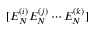
[ E _ { N } ^ { ( i ) } E _ { N } ^ { ( j ) } \cdots E _ { N } ^ { ( k ) } ]